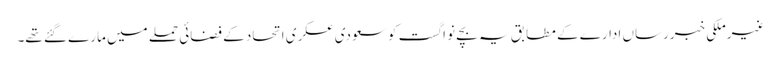
غیرملکی خبررساں ادارے کے مطابق یہ بچے نو اگست کو سعودی عسکری اتحاد کے فضائی حملے میں مارے گئے تھے۔